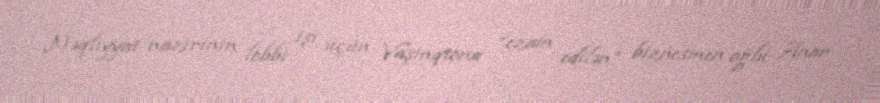
Nəqliyyat nazirinin lobbi işi üçün Vaşinqtona “ezam edilən” biznesmen oğlu Anar